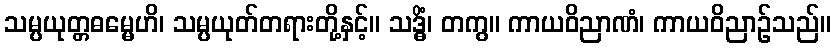
သမ္ပယုတ္တဓမ္မေဟိ၊ သမ္ပယုတ်တရားတို့နှင့်။ သဒ္ဓိံ၊ တကွ။ ကာယဝိညာဏံ၊ ကာယဝိညာဉ်သည်။